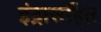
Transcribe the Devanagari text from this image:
इंद्रासहित